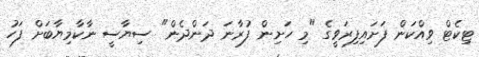
ޓިކެޓް ވިއްކަން ފަށައިފިރަވީގެ "މި ހަށިން ފުރާނަ ދަންދެން" ސިޔާސީ ނާކާމިޔާބަށް ފަހު